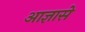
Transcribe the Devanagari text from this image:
आज्ञासे